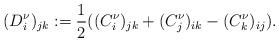
LaTeX: \begin{align*}(D^{\nu}_i)_{jk}:=\frac{1}{2}((C^{\nu}_i)_{jk}+(C^{\nu}_j)_{ik}-(C^{\nu}_k)_{ij}).\end{align*}